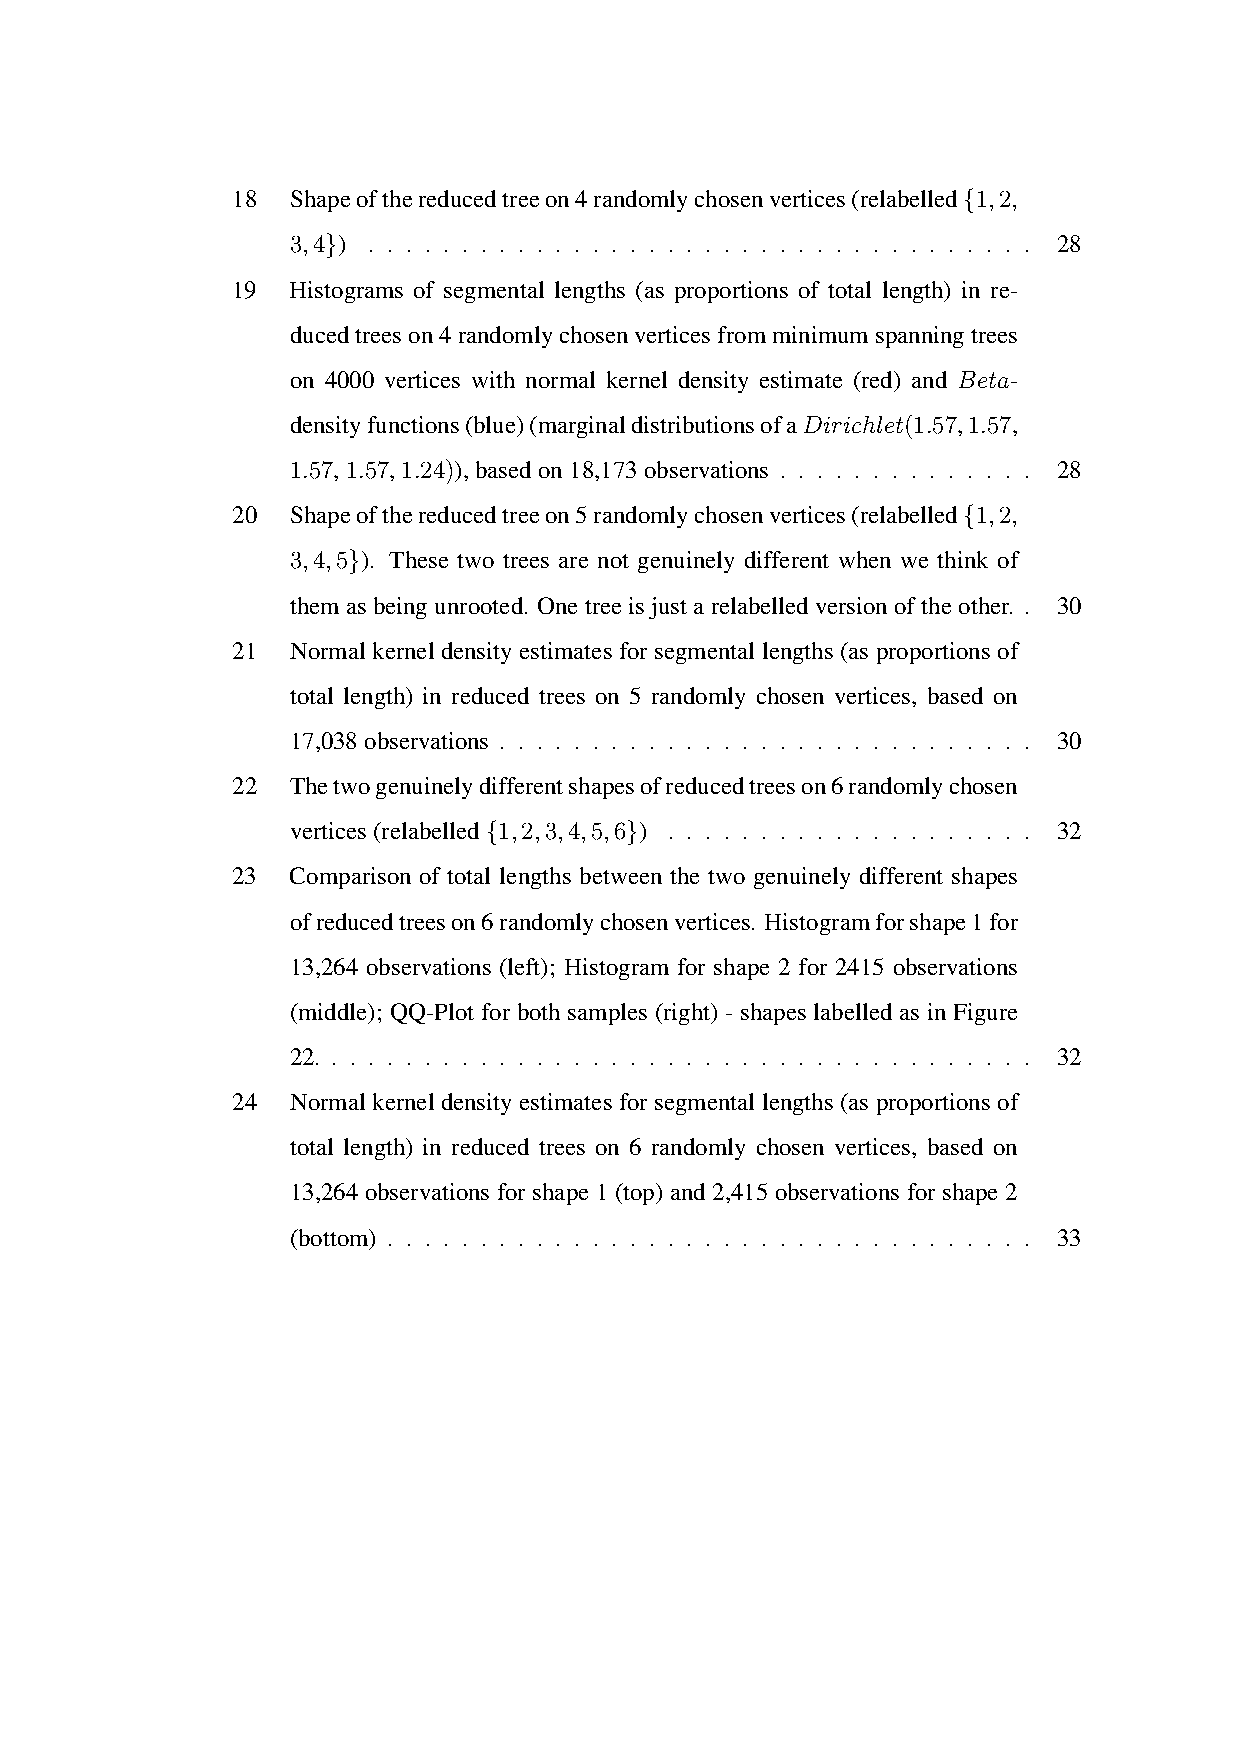
18  Shapeofthereducedtreeon4randomlychosenvertices(relabelled{1,2,
 3,4}) . . . . . . . . . . . . . . . . . . . . . . . . . . . . . . . . . . . . 28
 19  Histograms of segmental lengths (as proportions of total length) in re-
 ducedtreeson4randomlychosenverticesfromminimumspanningtrees
 on 4000 vertices with normal kernel density estimate (red) and Beta-
 densityfunctions(blue)(marginaldistributionsofaDirichlet(1.57,1.57,
 1.57,1.57,1.24)),basedon18,173observations . . . . . . . . . . . . . . 28
 20  Shapeofthereducedtreeon5randomlychosenvertices(relabelled{1,2,
 3,4,5}). These two trees are not genuinely different when we think of
 themasbeingunrooted. Onetreeisjustarelabelledversionoftheother. . 30
 21  Normal kernel density estimates for segmental lengths (as proportions of
 total length) in reduced trees on 5 randomly chosen vertices, based on
 17,038observations . . . . . . . . . . . . . . . . . . . . . . . . . . . . . 30
 22  Thetwogenuinelydifferentshapesofreducedtreeson6randomlychosen
 vertices(relabelled{1,2,3,4,5,6}) . . . . . . . . . . . . . . . . . . . . 32
 23  Comparison of total lengths between the two genuinely different shapes
 ofreducedtreeson6randomlychosenvertices. Histogramforshape1for
 13,264 observations (left); Histogram for shape 2 for 2415 observations
 (middle); QQ-Plot for both samples (right) - shapes labelled as in Figure
 22. . . . . . . . . . . . . . . . . . . . . . . . . . . . . . . . . . . . . . . 32
 24  Normal kernel density estimates for segmental lengths (as proportions of
 total length) in reduced trees on 6 randomly chosen vertices, based on
 13,264 observations for shape 1 (top) and 2,415 observations for shape 2
 (bottom) . . . . . . . . . . . . . . . . . . . . . . . . . . . . . . . . . . . 33